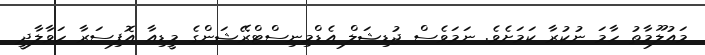
މައުލޫމާތު ހާމަ ނުކުރާ ކަމަށެވެ. ނަމަވެސް ޖުޑިޝަލް އެޑްމިނިސްޓްރޭޝަންގެ މީޑިއާ އޮފިސަރާ ހަވާލާދީ